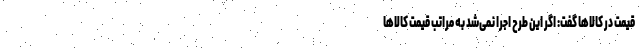
قیمت در کالاها گفت: اگر این طرح اجرا نمی‌شد به مراتب قیمت کالاها